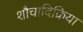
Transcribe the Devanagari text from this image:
शौचादिक्रिया